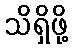
သိရှိဖို့